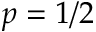
p = 1 / 2